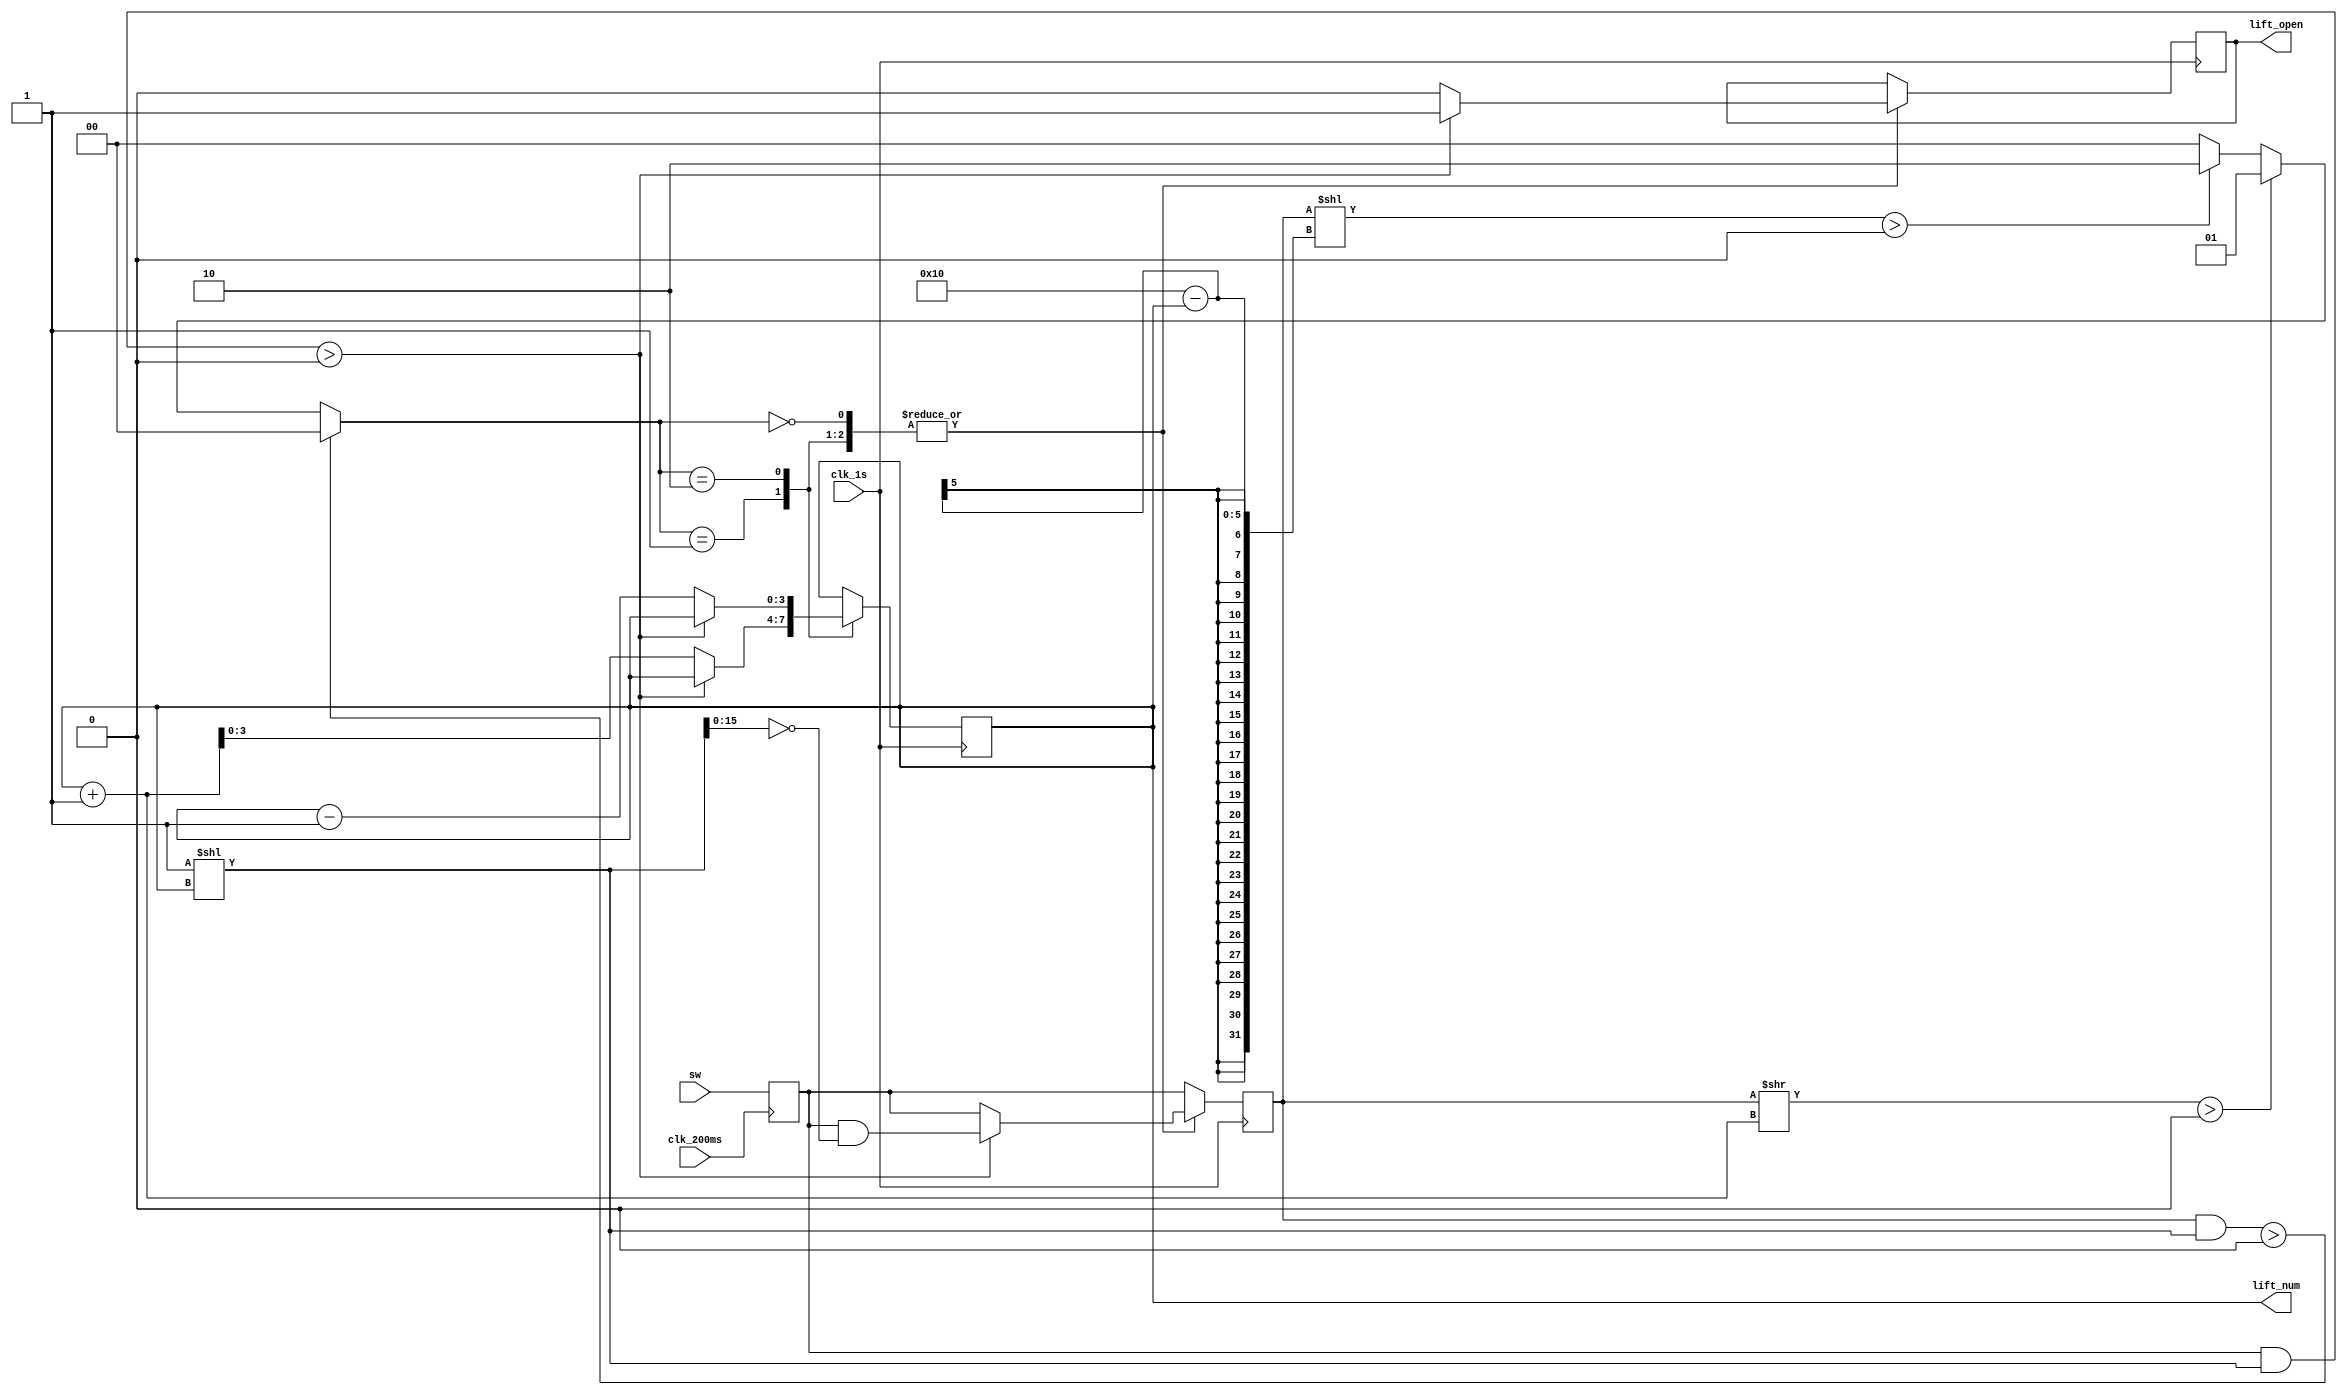
`timescale 1ns / 1ps
//////////////////////////////////////////////////////////////////////////////////
// Company: 
// Engineer: 
// 
// Design Name: 
// Module Name: lift_main
// Project Name: 
// Target Devices: 
// Tool Versions: 
// Description: 
// 
// Dependencies: 
// 
// Revision:
// Revision 0.01 - File Created
// Additional Comments:
// 
//////////////////////////////////////////////////////////////////////////////////


module lift_main(
    input clk_1s,
    input clk_200ms,
    input [15:0] sw,
    output reg [3:0] lift_num=4'b0011,
    output reg lift_open=1
    );
    parameter N=99_999999;
    reg [15:0] btn,btn_buff;
    reg [1:0] lift_state=0;//0 1 2
    //

    always@(posedge clk_200ms)//
       btn<=sw;
    //
    always@(posedge clk_1s)
    begin
       btn_buff=btn;
       case(lift_state)
       0:      if((btn_buff&(1<<lift_num))>0)//
                 begin lift_open=1;      btn_buff=btn_buff&(~(1<<lift_num));
                 end 
              
               else
                 begin lift_num=lift_num;     lift_open=0;
                 end
       1:      if((btn_buff&(1<<lift_num))>0)//
                 begin lift_open=1;      btn_buff=btn_buff&(~(1<<lift_num)); 
                 end 
              
               else
                 begin lift_num=lift_num+1;   lift_open=0;
                 end
       2:      if((btn_buff&(1<<lift_num))>0)//
                 begin lift_open=1;      btn_buff=btn_buff&(~(1<<lift_num));  
                 end
               
               else
                 begin lift_num=lift_num-1;   lift_open=0;
                 end
        endcase    
    end


always@(lift_open)
   begin
       lift_state=0;
       #(5*N);
       //
       if((btn_buff&(1<<lift_num))>0)//
          begin
              lift_state<=0;
          end
      
       else if((btn_buff>>(lift_num+1))>0)//
          begin
              lift_state<=1;
          end
       
       else if((btn_buff<<(16-lift_num))>0)//
          begin
              lift_state<=2;
          end
   end
endmodule